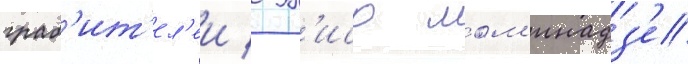
граб'ит'ел'еи / эл'исо лом'инадз'е